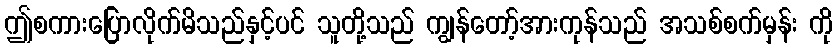
ဤစကားပြောလိုက်မိသည်နှင့်ပင် သူတို့သည် ကျွန်တော့်အားကုန်သည် အသစ်စက်မှန်း ကို